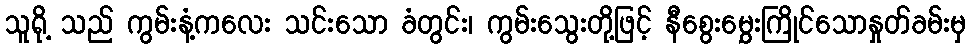
သူရို့ သည် ကွမ်းနံ့ကလေး သင်းသော ခံတွင်း၊ ကွမ်းသွေးတို့ဖြင့် နီစွေးမွှေးကြိုင်သောနှုတ်ခမ်းမှ